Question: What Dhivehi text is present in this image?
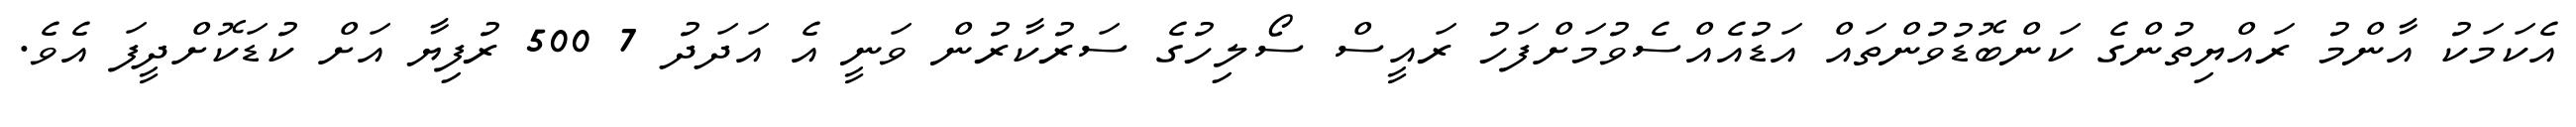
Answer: އެކަމަކު އާންމު ރައްޔިތުންގެ ކަންބޮޑުވުންތައް އަޑުއެއްސެވުމަށްފަހު ރައީސް ސޯލިހުގެ ސަރުކާރުން ވަނީ އެ އަދަދު 7 500 ރުފިޔާ އަށް ކުޑަކޮށްދީފަ އެވެ.